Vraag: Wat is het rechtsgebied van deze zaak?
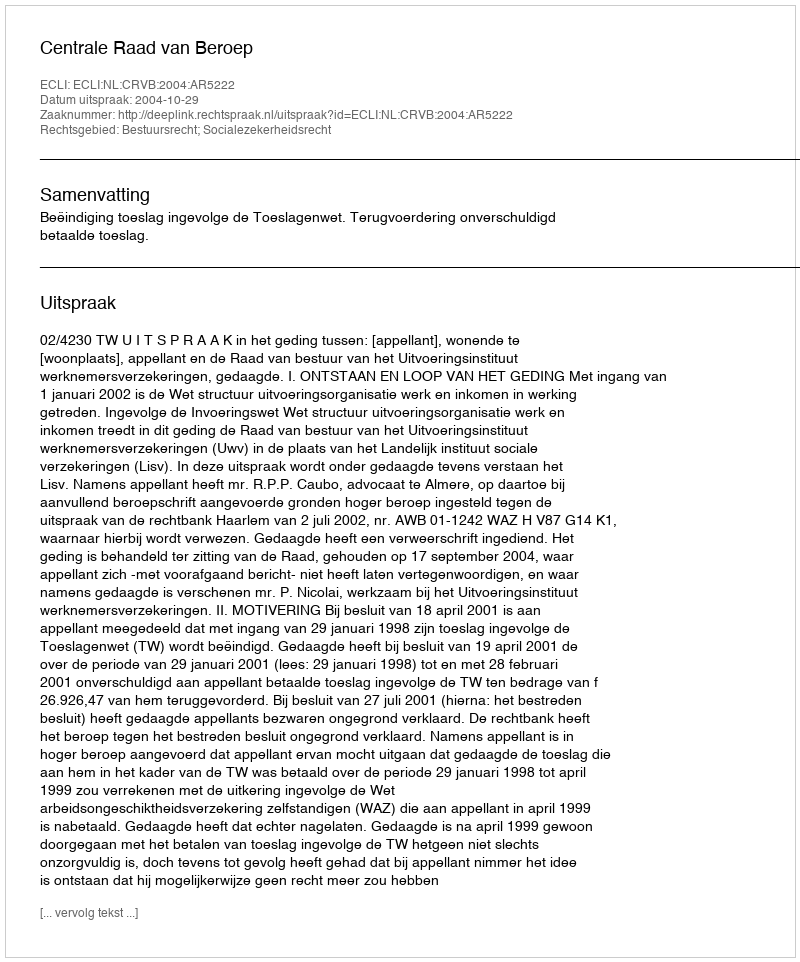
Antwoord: Bestuursrecht; Socialezekerheidsrecht